Report on horse surra - Volume II, Part I
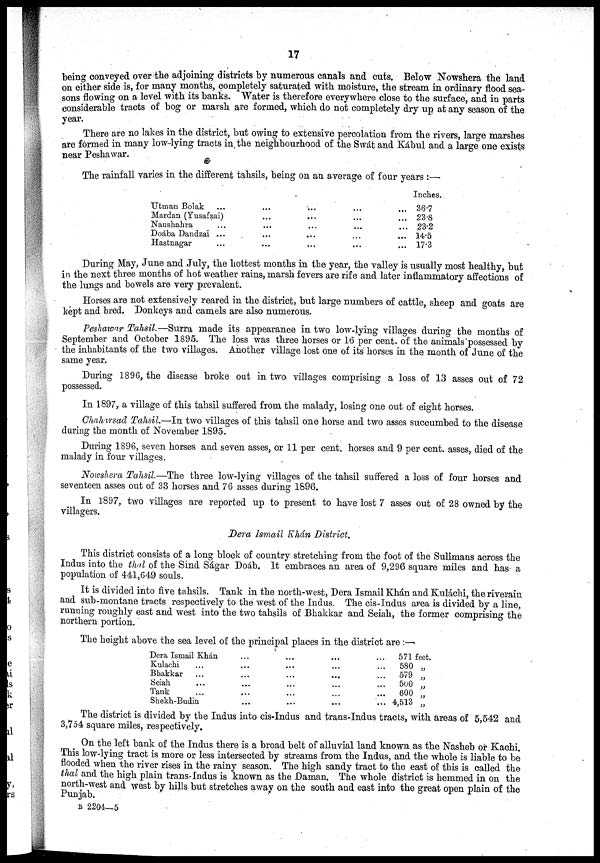
17
being conveyed over the adjoining districts by numerous canals and cuts. Below Nowshera the land
on either side is, for many months, completely saturated with moisture, the stream in ordinary flood sea-
sons flowing on a level with its banks. Water is therefore everywhere close to the surface, and in parts
considerable tracts of bog or marsh are formed, which do not completely dry up at any season of the
year.
There are no lakes in the district, but owing to extensive percolation from the rivers, large marshes
are fórmed in many low-lying tracts in the neighbourhood of the Swát and Kábul and a large one exists
near Peshawar.
The rainfall varies in the different tahsils, being on an average of four years :—
Utman Bolak
...
Mardan (Yusafzai)
Naushahra
Doába Dandzai
Hastnagar
...
...
...
...
...
...
...
...
...
...
...
...
...
...
...
...
...
...
...
...
...
...
...
Inches.
36.7
23.8
23.2
14.5
17.3
During May, June and July, the hottest months in the year, the valley is usually most healthy, but
in the next three months of hot weather rains, marsh fevers are rife and later inflammatory affections of
the lungs and bowels are very prevalent.
Horses are not extensively reared in the district, but large numbers of cattle, sheep and goats are
kept and bred. Donkeys and camels are also numerous.
Peshawar Tahsil.—Surra made its appearance in two low-lying villages during the months of
September and October 1895. The loss was three horses or 16 per cent. of the animals possessed by
the inhabitants of the two villages. Another village lost one of its horses in the month of June of the
same year.
During 1896, the disease broke out in two villages comprising a loss of 13 asses out of 72
possessed.
In 1897, a village of this tahsil suffered from the malady, losing one out of eight horses.
Chahirsad Tahsil.—In two villages of this tahsil one horse and two asses succumbed to the disease
during the month of November 1895.
During 1896, seven horses and seven asses, or 11 per cent. horses and 9 per cent. asses, died of the
malady in four villages.
Nowshera Tahsil.—The three low-lying villages of the tahsil suffered a loss of four horses and
seventeen asses out of 33 horses and 76 asses during 1896.
In 1897, two villages are reported up to present to have lost 7 asses out of 28 owned by the
villagers.
Dera Ismail Khán District.
This district consists of a long block of country stretching from the foot of the Sulimans across the
Indus into the thal of the Sind Ságar Doáb. It embraces an area of 9,296 square miles and has- a
population of 441,649 souls.
It is divided into five tahsils. Tank in the north-west, Dera Ismail Khán and Kuláchi, the riverain
and sub-montane tracts respectively to the west of the Indus. The cis-Indus area is divided by a line,
running roughly east and west into the two tahsils of Bhakkar and Seiah, the former comprising the
northern portion.
The height above the sea level of the principal places in the district are :—•
Dera Ismail Khán
Kulachi
Bhakkar
Seiah
Tank
...
...
...
...
Shekh-Budin
...
...
...
...
...
...
...
...
...
...
...
...
...
...
...
...
...
...
...
...
...
...
...
...
571 feet.
580 „
579 „
500 „
600 „
4,513 „
The district is divided by the Indus into cis-Indus and trans-Indus tracts, with areas of 5,542 and
3,754 square miles, respectively.
On the left bank of the Indus there is a broad belt of alluvial land known as the Nasheb or Kachi.
This low-lying tract is more or less intersected by streams from the Indus, and the whole is liable to be
flooded when the river rises in the rainy season. The high sandy tract to the east of this is called the
thal and the high plain trans-Indus is known as the Daman. The whole district is hemmed in on the
north-west and west by hills but stretches away on the south and east into the great open plain of the
Punjab.
B 2204—5